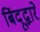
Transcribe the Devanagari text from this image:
बिंदूद्वारे